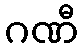
ဂဏီ